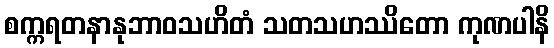
စက္ကရတနာနုဘာဝသဟိတံ သတသဟဿိတော ကုဏပါနိ